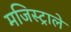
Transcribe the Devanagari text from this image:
मजिस्ट्राले